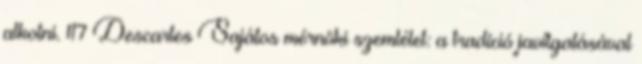
alkotni. 117 Descartes Sajátos mérnöki szemlélet: a tradíció javítgatásával